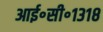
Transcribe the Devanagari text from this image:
आई॰सी॰१३१८